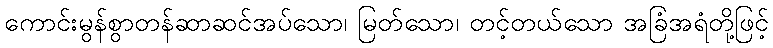
ကောင်းမွန်စွာတန်ဆာဆင်အပ်သော၊ မြတ်သော၊ တင့်တယ်သော အခြံအရံတို့ဖြင့်